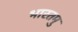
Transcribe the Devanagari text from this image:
भारतमु